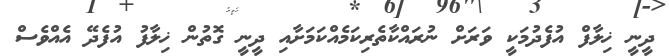
ދީނީ ޚިލާފް އުފެދުމަކީ ވަރަށް ނުރައްކާތެރިކަމެއްކަމަށާއި ދީނީ ގޮތުން ޚިލާފު އުފެދޭ އެއްވެސް